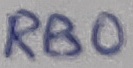
Text: RB0